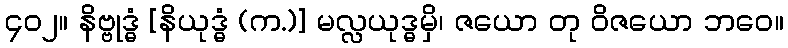
၄၀၂။ နိဗ္ဗုဒ္ဓံ [နိယုဒ္ဓံ (က.)] မလ္လယုဒ္ဓမှိ၊ ဇယော တု ဝိဇယော ဘဝေ။